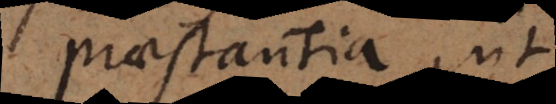
praestantia, ut